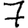
Digit: 7